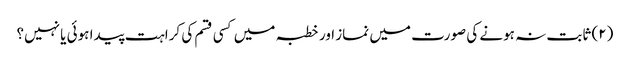
(۲) ثابت نہ ہونے کی صورت میں نماز اور خطبہ میں کسی قسم کی کراہت پیدا ہوئی یا نہیں؟